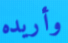
وأريده